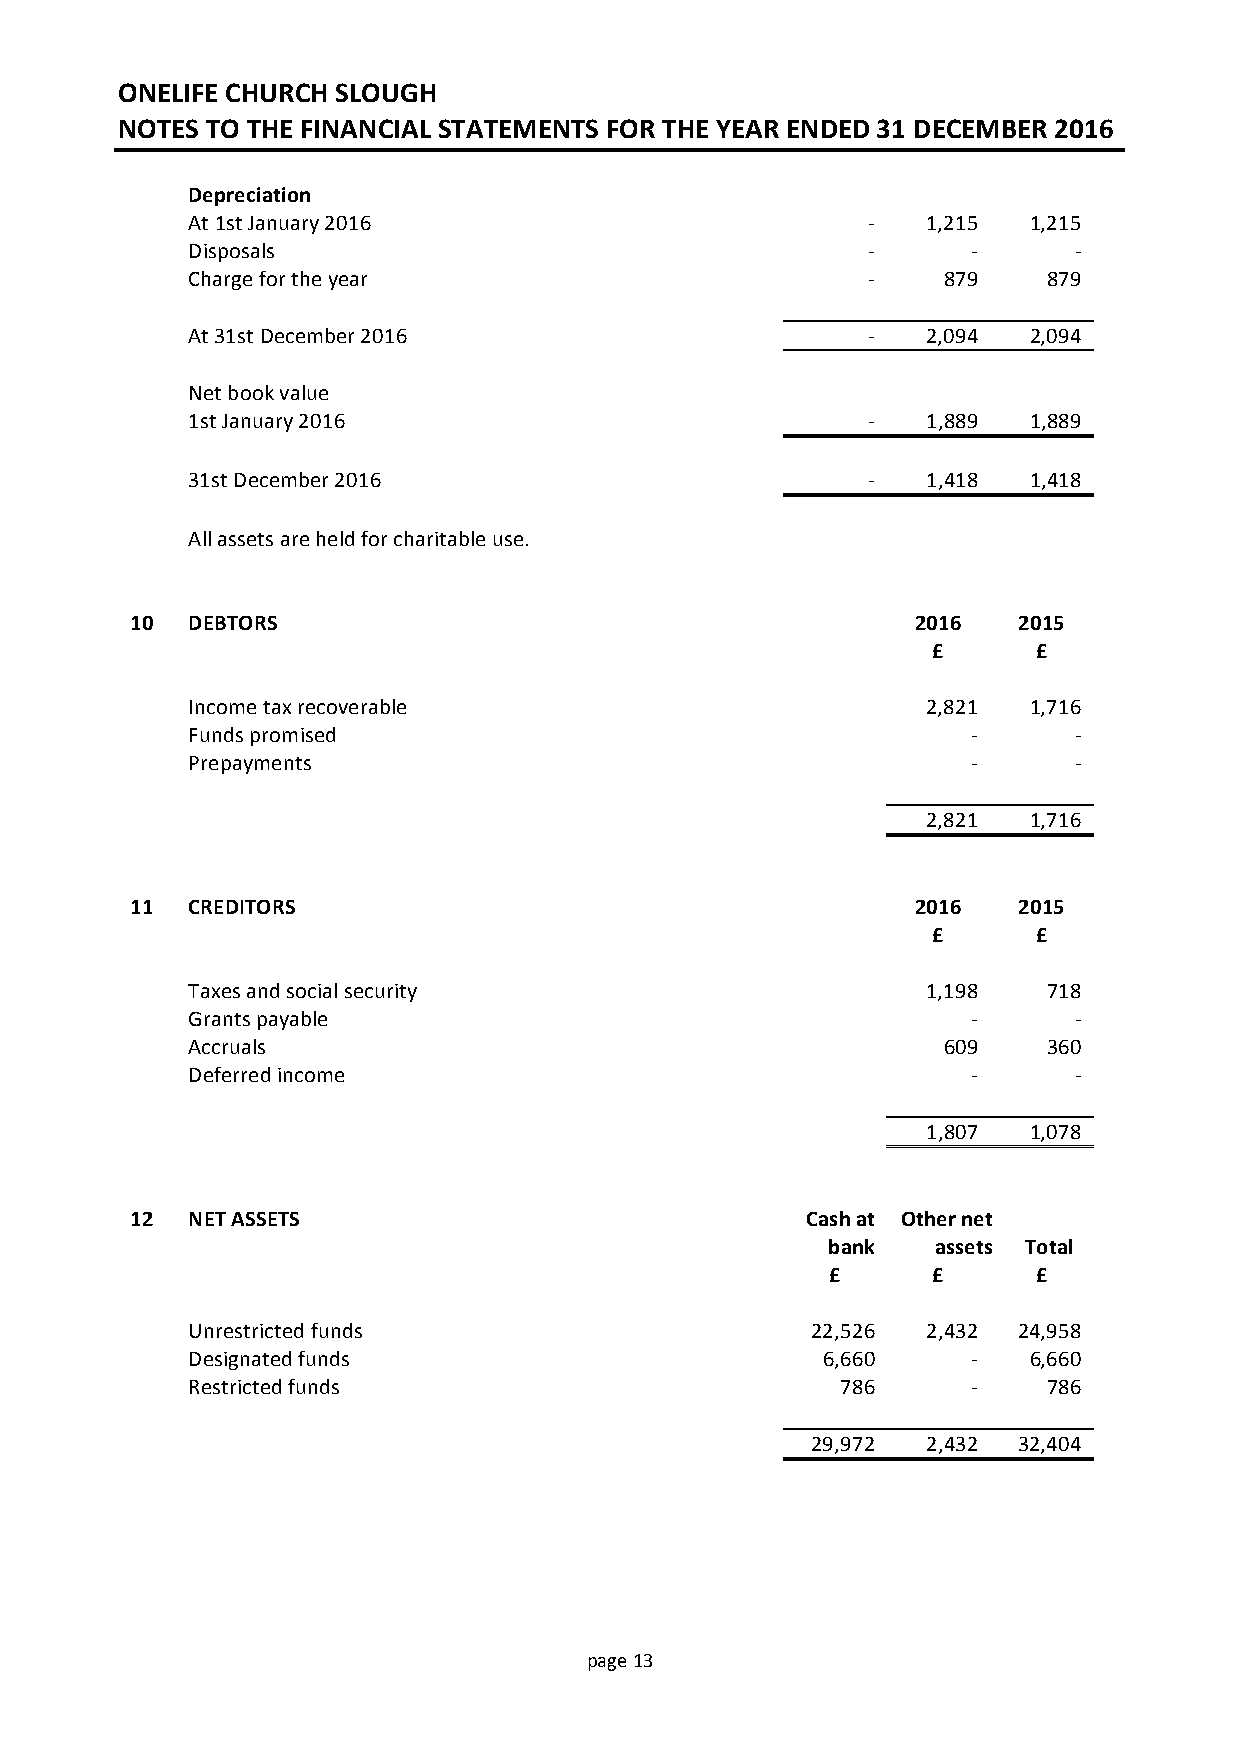
ONELIFE CHURCH SLOUGH
 NOTES TO THE FINANCIAL STATEMENTS FOR THE YEAR ENDED 31 DECEMBER 2016
 Depreciation
 At 1st January 2016                          -   1,215  1,215
 Disposals                                    -      -      -
 Charge for the year                          -    879    879
 At 31st December 2016                        -   2,094  2,094
 Net book value
 1st January 2016                             -   1,889  1,889
 31st December 2016                           -   1,418  1,418
 All assets are held for charitable use.
 10 DEBTORS                                          2016  2015
 £      £
 Income tax recoverable                           2,821  1,716
 Funds promised                                      -      -
 Prepayments                                         -      -
 2,821  1,716
 11 CREDITORS                                        2016  2015
 £      £
 Taxes and social security                        1,198   718
 Grants payable                                      -      -
 Accruals                                          609    360
 Deferred income                                     -      -
 1,807  1,078
 12 NET ASSETS                               Cash at Other net
 bank   assets Total
 £      £      £
 Unrestricted funds                        22,526 2,432 24,958
 Designated funds                          6,660     -   6,660
 Restricted funds                            786     -    786
 29,972 2,432 32,404
 page 13